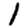
Digit: 1